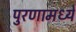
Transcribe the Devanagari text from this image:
पुरणामध्ये